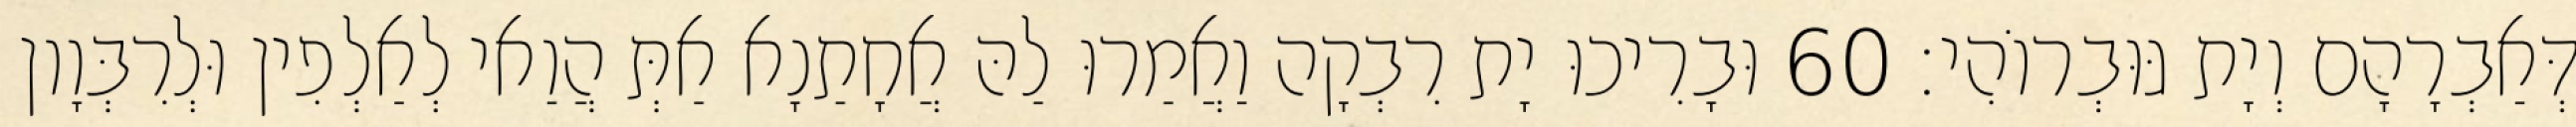
דְּאַבְרָהָם וְיָת גּוּבְרוֹהִי׃ 60 וּבָרִיכוּ יָת רִבְקָה וַאֲמַרוּ לַהּ אֲחָתַנָא אַתְּ הֲוַאי לְאַלְפִין וּלְרִבְּוָון